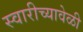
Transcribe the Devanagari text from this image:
स्वारीच्यावेळी